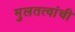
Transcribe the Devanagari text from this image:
मुलतत्वांची